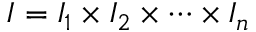
I = I _ { 1 } \times I _ { 2 } \times \cdots \times I _ { n }